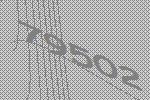
79502